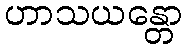
ဟာသယန္တော